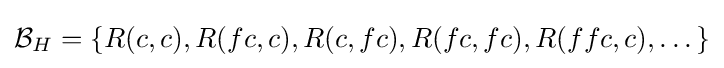
{\mathcal {B}}_{H}=\{R(c,c),R(fc,c),R(c,fc),R(fc,fc),R(ffc,c),\dots \}